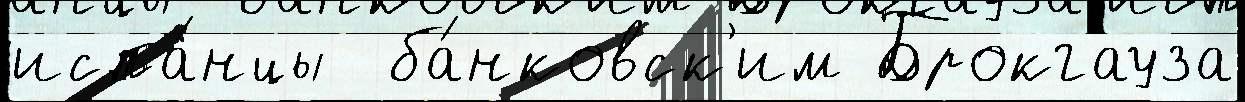
испа́нцы  ба́нковск'им Брокгауза